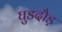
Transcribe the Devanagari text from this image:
घुडदौड़